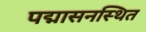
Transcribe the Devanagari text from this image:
पद्मासनस्थित